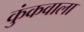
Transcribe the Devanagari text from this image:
कुंकवाला